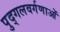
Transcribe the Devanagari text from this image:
पुद्गलवर्गणाओं